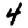
Digit: 4